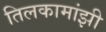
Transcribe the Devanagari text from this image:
तिलकामांझी